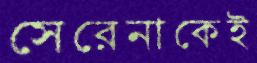
সেরেনাকেই